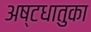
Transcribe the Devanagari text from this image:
अष्टधातुका